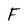
Character: F